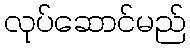
လုပ်ဆောင်မည်